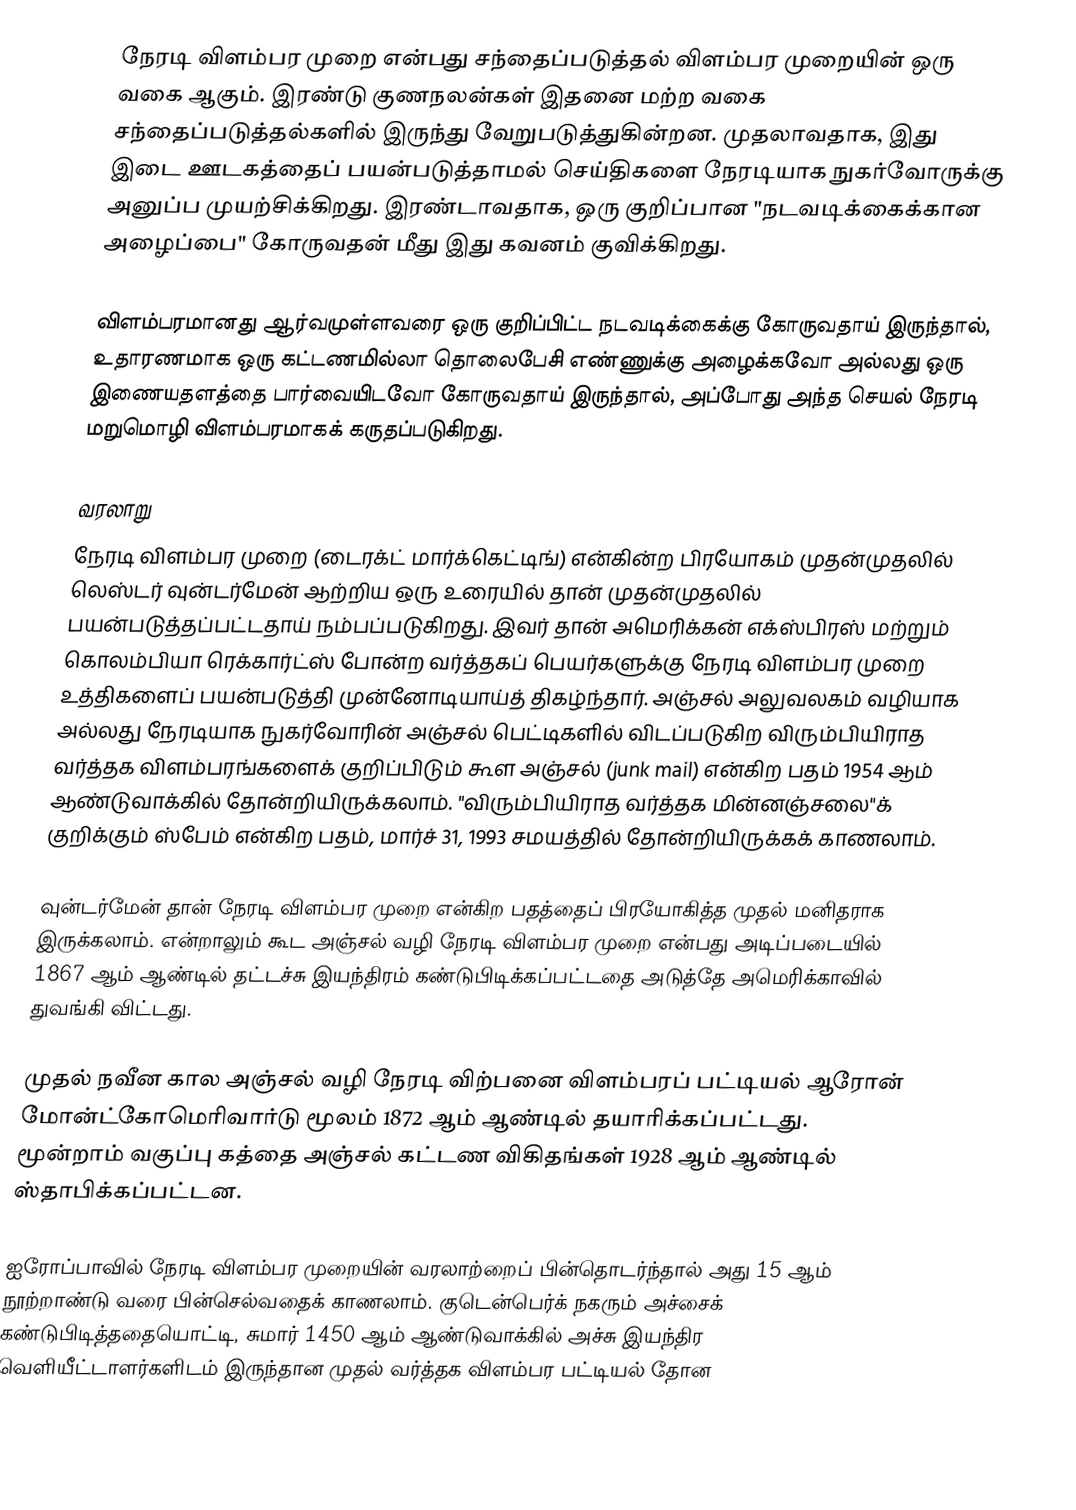
நேரடி விளம்பர முறை  என்பது சந்தைப்படுத்தல் விளம்பர முறையின் ஒரு வகை ஆகும். இரண்டு குணநலன்கள் இதனை மற்ற வகை சந்தைப்படுத்தல்களில் இருந்து வேறுபடுத்துகின்றன. முதலாவதாக, இது இடை ஊடகத்தைப் பயன்படுத்தாமல் செய்திகளை நேரடியாக நுகர்வோருக்கு அனுப்ப முயற்சிக்கிறது. இரண்டாவதாக, ஒரு குறிப்பான "நடவடிக்கைக்கான அழைப்பை" கோருவதன் மீது இது கவனம் குவிக்கிறது.

விளம்பரமானது ஆர்வமுள்ளவரை ஒரு குறிப்பிட்ட நடவடிக்கைக்கு கோருவதாய் இருந்தால், உதாரணமாக ஒரு கட்டணமில்லா தொலைபேசி எண்ணுக்கு அழைக்கவோ அல்லது ஒரு இணையதளத்தை பார்வையிடவோ கோருவதாய் இருந்தால், அப்போது அந்த செயல் நேரடி மறுமொழி விளம்பரமாகக் கருதப்படுகிறது.

வரலாறு
நேரடி விளம்பர முறை  (டைரக்ட் மார்க்கெட்டிங்) என்கின்ற பிரயோகம் முதன்முதலில் லெஸ்டர் வுன்டர்மேன் ஆற்றிய ஒரு உரையில் தான் முதன்முதலில் பயன்படுத்தப்பட்டதாய் நம்பப்படுகிறது. இவர் தான் அமெரிக்கன் எக்ஸ்பிரஸ் மற்றும் கொலம்பியா ரெக்கார்ட்ஸ் போன்ற வர்த்தகப் பெயர்களுக்கு நேரடி விளம்பர முறை உத்திகளைப் பயன்படுத்தி முன்னோடியாய்த் திகழ்ந்தார்.  அஞ்சல் அலுவலகம் வழியாக அல்லது நேரடியாக நுகர்வோரின் அஞ்சல் பெட்டிகளில் விடப்படுகிற விரும்பியிராத வர்த்தக விளம்பரங்களைக் குறிப்பிடும் கூள அஞ்சல்  (junk mail) என்கிற பதம் 1954 ஆம் ஆண்டுவாக்கில் தோன்றியிருக்கலாம்.  "விரும்பியிராத  வர்த்தக மின்னஞ்சலை"க் குறிக்கும் ஸ்பேம் என்கிற பதம், மார்ச் 31, 1993 சமயத்தில் தோன்றியிருக்கக் காணலாம்.

வுன்டர்மேன் தான் நேரடி விளம்பர முறை  என்கிற பதத்தைப் பிரயோகித்த முதல் மனிதராக இருக்கலாம். என்றாலும் கூட அஞ்சல் வழி நேரடி விளம்பர முறை என்பது அடிப்படையில் 1867 ஆம் ஆண்டில் தட்டச்சு இயந்திரம் கண்டுபிடிக்கப்பட்டதை அடுத்தே அமெரிக்காவில் துவங்கி விட்டது.

முதல் நவீன கால அஞ்சல் வழி நேரடி விற்பனை விளம்பரப் பட்டியல் ஆரோன் மோன்ட்கோமெரிவார்டு மூலம் 1872 ஆம் ஆண்டில் தயாரிக்கப்பட்டது.    மூன்றாம் வகுப்பு கத்தை அஞ்சல் கட்டண விகிதங்கள் 1928 ஆம் ஆண்டில் ஸ்தாபிக்கப்பட்டன.

ஐரோப்பாவில் நேரடி விளம்பர முறையின் வரலாற்றைப் பின்தொடர்ந்தால் அது 15 ஆம் நூற்றாண்டு வரை பின்செல்வதைக் காணலாம்.  குடென்பெர்க் நகரும் அச்சைக் கண்டுபிடித்ததையொட்டி, சுமார் 1450 ஆம் ஆண்டுவாக்கில் அச்சு இயந்திர வெளியீட்டாளர்களிடம் இருந்தான முதல் வர்த்தக விளம்பர பட்டியல் தோன